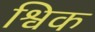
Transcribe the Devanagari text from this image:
श्विक